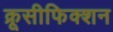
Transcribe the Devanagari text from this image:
क्रूसीफिक्शन